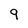
Character: 9